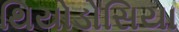
થિયોડોસિયા